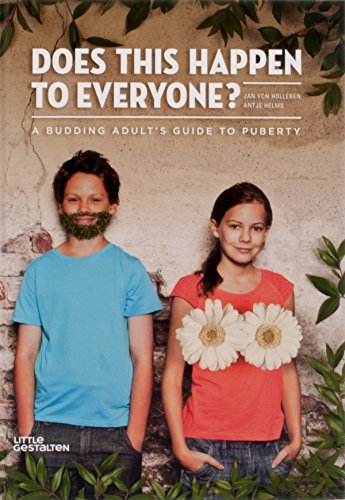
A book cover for Does This Happen to Everyone?: A Budding Adult's Guide to Puberty; Jan von Holleben; Teen & Young Adult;